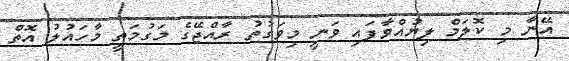
އޭނާ މި ކޮލަމް ލިޔުއްވާފައި ވަނީ މިވަގުތު ރާއްޖޭގެ މަގުމަތީ މާހައުލު އޮތް